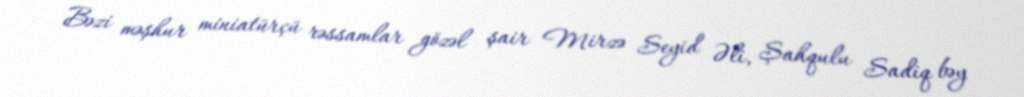
Bəzi məşhur miniatürçü rəssamlar gözəl şair Mirzə Seyid Əli, Şahqulu Sadiq bəy